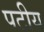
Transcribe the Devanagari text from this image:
पटीय